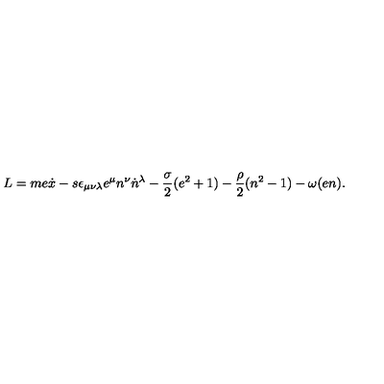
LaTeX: L = m e \dot { x } - s \epsilon _ { \mu \nu \lambda } e ^ { \mu } n ^ { \nu } \dot { n } { } ^ { \lambda } - \frac { \sigma } { 2 } ( e ^ { 2 } + 1 ) - \frac { \rho } { 2 } ( n ^ { 2 } - 1 ) - \omega ( e n ) .